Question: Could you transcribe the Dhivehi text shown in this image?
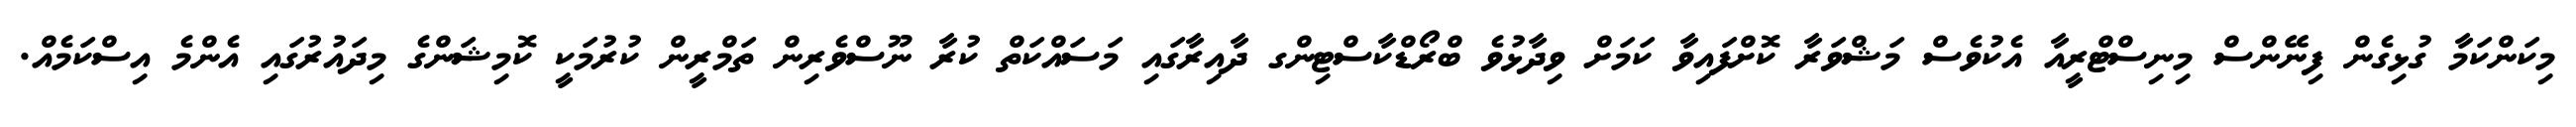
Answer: މިކަންކަމާ ގުޅިގެން ފިނޭންސް މިނިސްޓްރީއާ އެކުވެސް މަޝްވަރާ ކޮށްފައިވާ ކަމަށް ވިދާޅުވެ ބްރޯޑްކާސްޓިންގ ދާއިރާގައި މަސައްކަތް ކުރާ ނޫސްވެރިން ތަމްރީން ކުރުމަކީ ކޮމިޝަންގެ މިދައުރުގައި އެންމެ އިސްކަމެއް.